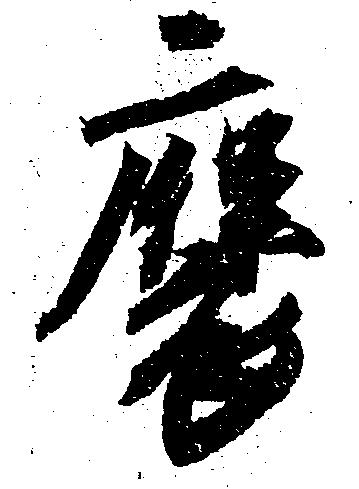
褒